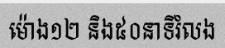
ម៉ោង១២ និង៥០នាទីរំលង